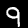
Digit: 9